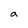
Character: a